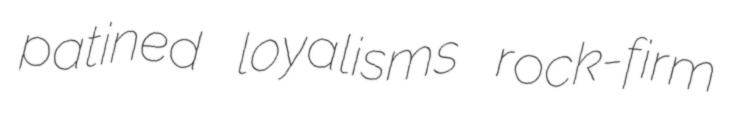
patined loyalisms rock-firm